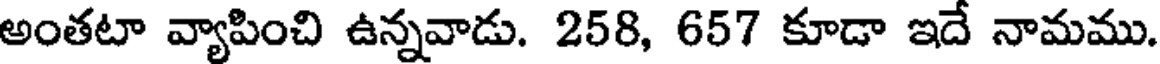
అంతటా వ్యాపించి ఉన్నవాడు. 258, 657 కూడా ఇదే నామము.